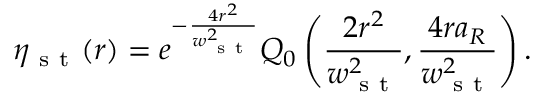
\eta _ { \mathrm { ~ s ~ t ~ } } ( r ) = e ^ { - \frac { 4 r ^ { 2 } } { w _ { \mathrm { ~ s ~ t ~ } } ^ { 2 } } } Q _ { 0 } \left( \frac { 2 r ^ { 2 } } { w _ { \mathrm { ~ s ~ t ~ } } ^ { 2 } } , \frac { 4 r a _ { R } } { w _ { \mathrm { ~ s ~ t ~ } } ^ { 2 } } \right) .